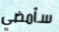
سأمضي